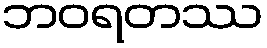
ဘဝရတဿ